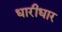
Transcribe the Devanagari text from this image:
धारीधार